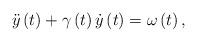
LaTeX: \begin{align*}\ddot{y}\left( t\right) +\gamma\left( t\right) \dot{y}\left( t\right)=\omega\left( t\right) , \end{align*}